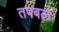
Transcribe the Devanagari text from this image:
तपबल